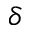
\delta